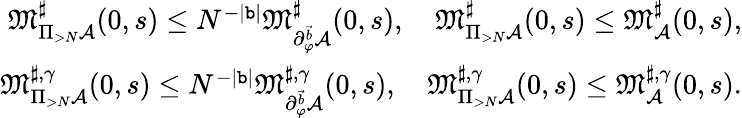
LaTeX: \begin{array}{r}{\mathfrak{M}_{\Pi_{>N}\mathcal{A}}^{\sharp}(0,s)\le N^{-|\mathtt{b}|}\mathfrak{M}_{\partial_{\varphi}^{\vec{b}}\mathcal{A}}^{\sharp}(0,s),\quad\mathfrak{M}_{\Pi_{>N}\mathcal{A}}^{\sharp}(0,s)\le\mathfrak{M}_{\mathcal{A}}^{\sharp}(0,s),}\\ {\mathfrak{M}_{\Pi_{>N}\mathcal{A}}^{\sharp,\gamma}(0,s)\le N^{-|\mathtt{b}|}\mathfrak{M}_{\partial_{\varphi}^{\vec{b}}\mathcal{A}}^{\sharp,\gamma}(0,s),\quad\mathfrak{M}_{\Pi_{>N}\mathcal{A}}^{\sharp,\gamma}(0,s)\le\mathfrak{M}_{\mathcal{A}}^{\sharp,\gamma}(0,s).}\end{array}